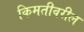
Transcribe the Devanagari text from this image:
किमतीवरील